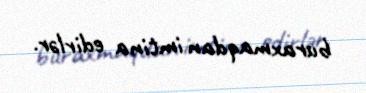
buraxmaqdan imtina edirlər.